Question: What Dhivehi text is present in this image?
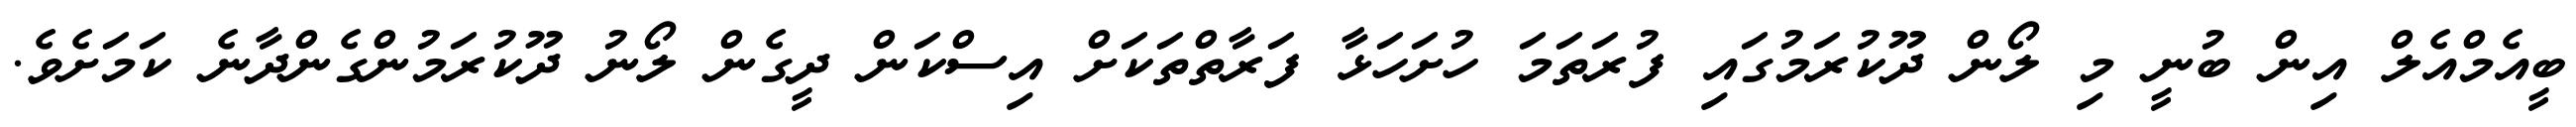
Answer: ބީއެމްއެލް އިން ބުނީ މި ލޯން ދޫކުރަމުގައި ފުރަތަމަ ހުށަހަޅާ ފަރާތްތަކަށް އިސްކަން ދީގެން ލޯނު ދޫކުރަމުންގެންދާނެ ކަމަށެވެ.